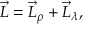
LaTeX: { \vec { L } } = { \vec { L } } _ { \rho } + { \vec { L } } _ { \lambda } ,